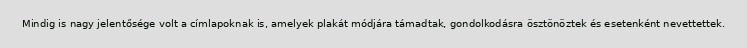
Mindig is nagy jelentősége volt a címlapoknak is, amelyek plakát módjára támadtak, gondolkodásra ösztönöztek és esetenként nevettettek.